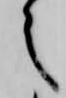
之